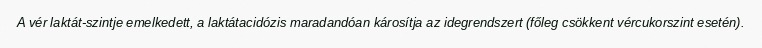
A vér laktát-szintje emelkedett, a laktátacidózis maradandóan károsítja az idegrendszert (főleg csökkent vércukorszint esetén).